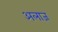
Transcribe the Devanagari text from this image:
अलाज